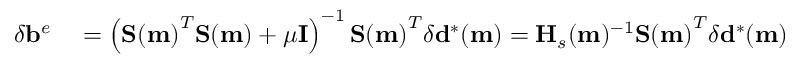
\begin{array} { r l } { \delta \mathbf { b } ^ { e } } & { { } = \left( \mathbf { S ( m ) } ^ { T } \mathbf { S ( m ) } + \mu \mathbf { I } \right) ^ { - 1 } \mathbf { S ( m ) } ^ { T } \delta \mathbf { d } ^ { * } ( \mathbf { m } ) = \mathbf { H } _ { s } ( \mathbf { m } ) ^ { - 1 } \mathbf { S ( m ) } ^ { T } \delta \mathbf { d } ^ { * } ( \mathbf { m } ) } \end{array}